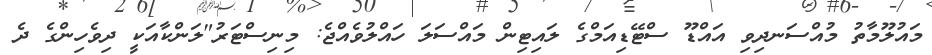
މައުލޫމާތު މުއްސަނދިވި އައްޑޫ ސްޓޭޑިއަމްގެ ލައިޓިން މައްސަލަ ހައްލުވެއްޖެ: މިނިސްޓަރު"ލަންކާއަކީ ދިވެހިންގެ ދެ